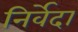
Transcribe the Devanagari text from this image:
निर्वेदा